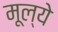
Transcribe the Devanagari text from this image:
मूल्‍ये